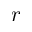
r